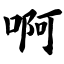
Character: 啊